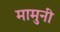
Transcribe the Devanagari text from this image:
मामुनी